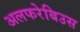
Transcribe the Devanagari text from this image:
अलफरेबिउस